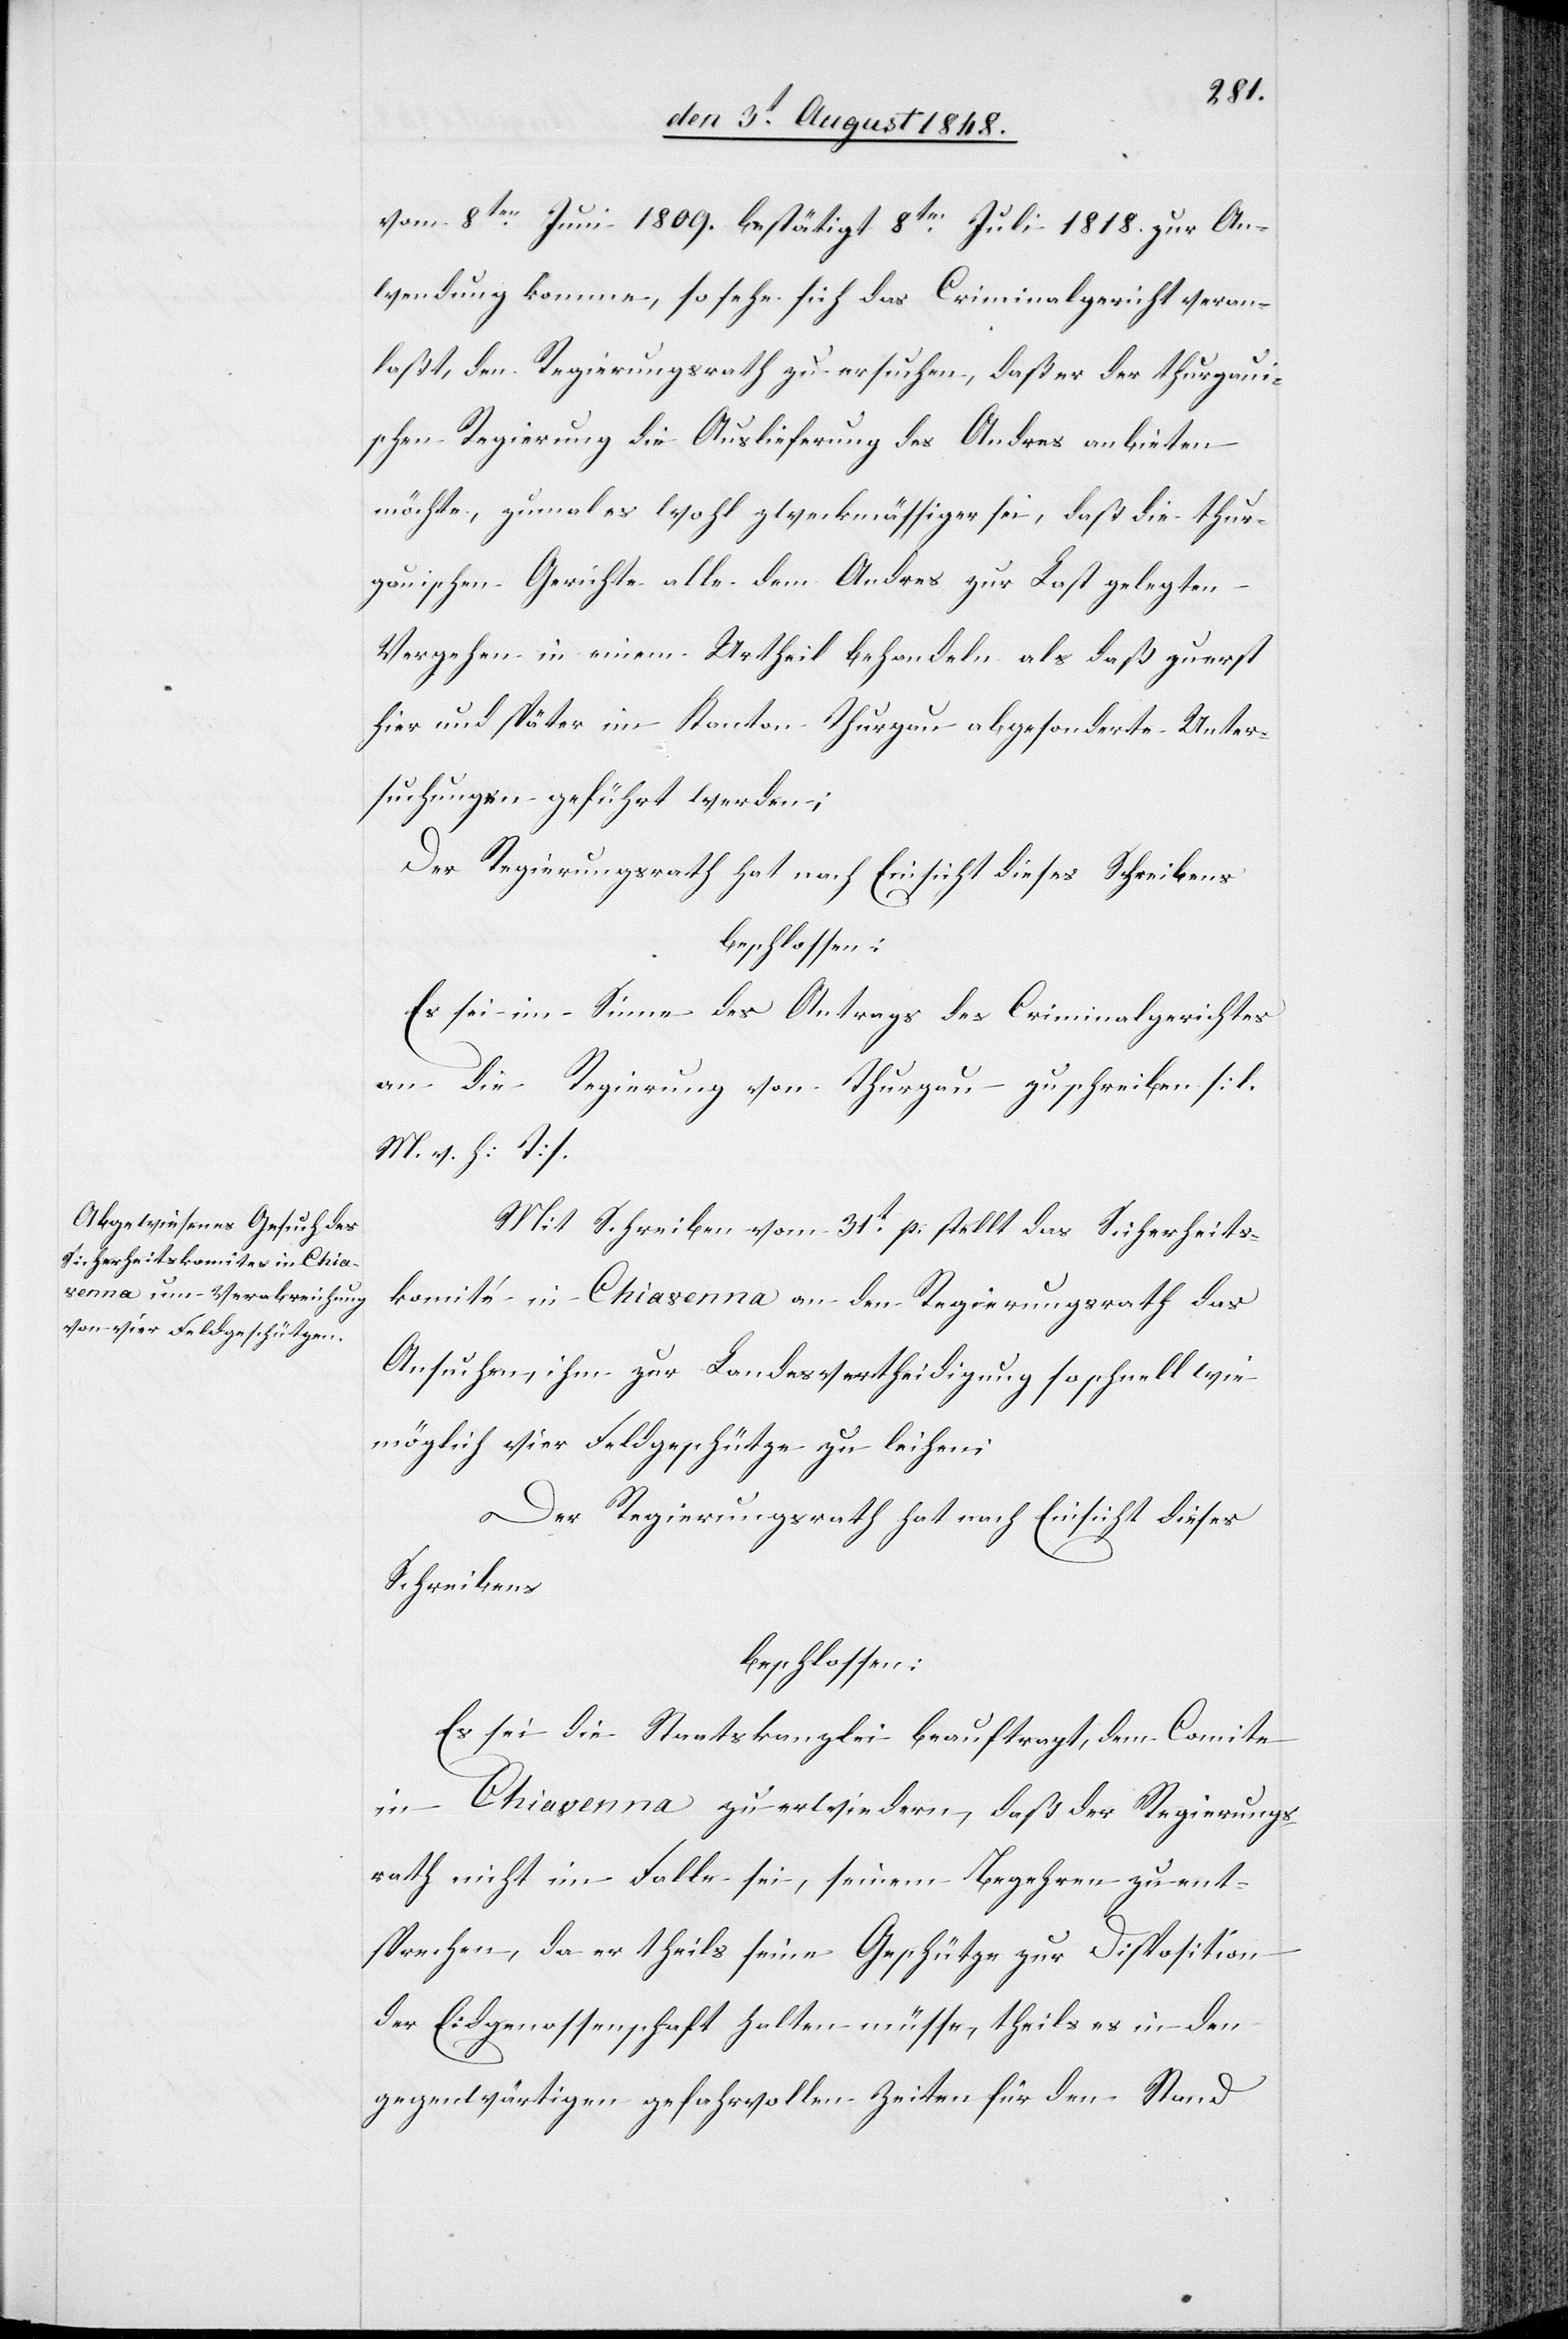
vom 8ten Juni 1809. bestätigt 8ten Juli 1818. zur An¬
wendung komme, so sehr sich das Criminalgericht veran¬
laßt, den Regierungsrath zu ersuchen, daß er der thurgaui¬
schen Regierung die Auslieferung des Andres anbieten
möchte, zumal es wohl zweckmäßiger sei, daß die thur¬
gauischen Gerichte alle dem Andres zur Last gelegten
Vergehen in einem Urtheil behandeln als daß zuerst
hier und später im Kanton Thurgau abgesonderte Unter¬
suchungen geführt werden;
Der Regierungsrath hat nach Einsicht dieses Schreibens
beschlossen:
Es sei im Sinne des Antrags des Criminalgerichtes
an die Regierung von Thurgau zu schreiben [l.
M. v. h. T]
Mit Schreiben vom 31t p. stellt das Sicherheits¬
komité in Chiavenna an den Regierungsrath das
Ansuchen, ihm zur Landesvertheidigung so schnell wie
möglich vier Feldgeschütze zu leihen.
Der Regierungsrath hat nach Einsicht dieses
Schreibens
beschlossen:
Es sei die Staatskanzlei beauftragt, dem Comite
in Chiavenna zu erwiedern, daß der Regierungs¬
rath nicht im Falle sei, seinem Begehren zu ent¬
sprechen, da er theils seine Geschütze zur Disposition
der Eidgenossenschaft halten müsse, theils es in den
gegenwärtigen gefahrvollen Zeiten für den Stand